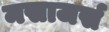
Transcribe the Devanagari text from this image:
मसाजर्स